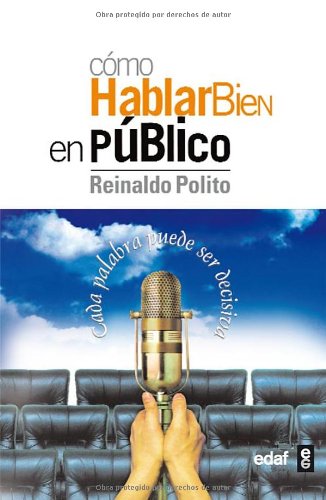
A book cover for COMO HABLAR BIEN EN PUBLICO (Spanish Edition); Reinaldo Polito; Reference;